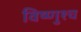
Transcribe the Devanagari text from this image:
विष्णुश्च